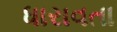
ધારાવતા